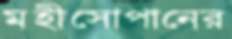
মহীসোপানের